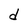
Character: d